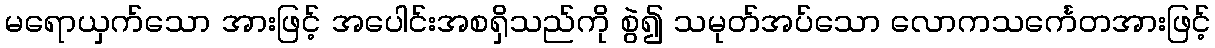
မရောယှက်သော အားဖြင့် အပေါင်းအစရှိသည်ကို စွဲ၍ သမုတ်အပ်သော လောကသင်္ကေတအားဖြင့်